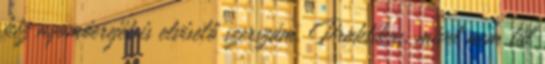
kéz nyomóerejét is elviselő szerszám. Praktikus, mivel nem túl